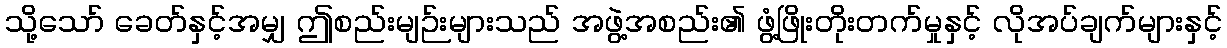
သို့သော် ခေတ်နှင့်အမျှ ဤစည်းမျဉ်းများသည် အဖွဲ့အစည်း၏ ဖွံ့ဖြိုးတိုးတက်မှုနှင့် လိုအပ်ချက်များနှင့်